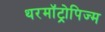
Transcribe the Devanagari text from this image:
थरमॉट्रोपिज्म